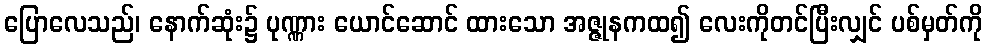
ပြောလေသည်၊ နောက်ဆုံး၌ ပုဏ္ဏား ယောင်ဆောင် ထားသော အဇ္ဇုနကထ၍ လေးကိုတင်ပြီးလျှင် ပစ်မှတ်ကို